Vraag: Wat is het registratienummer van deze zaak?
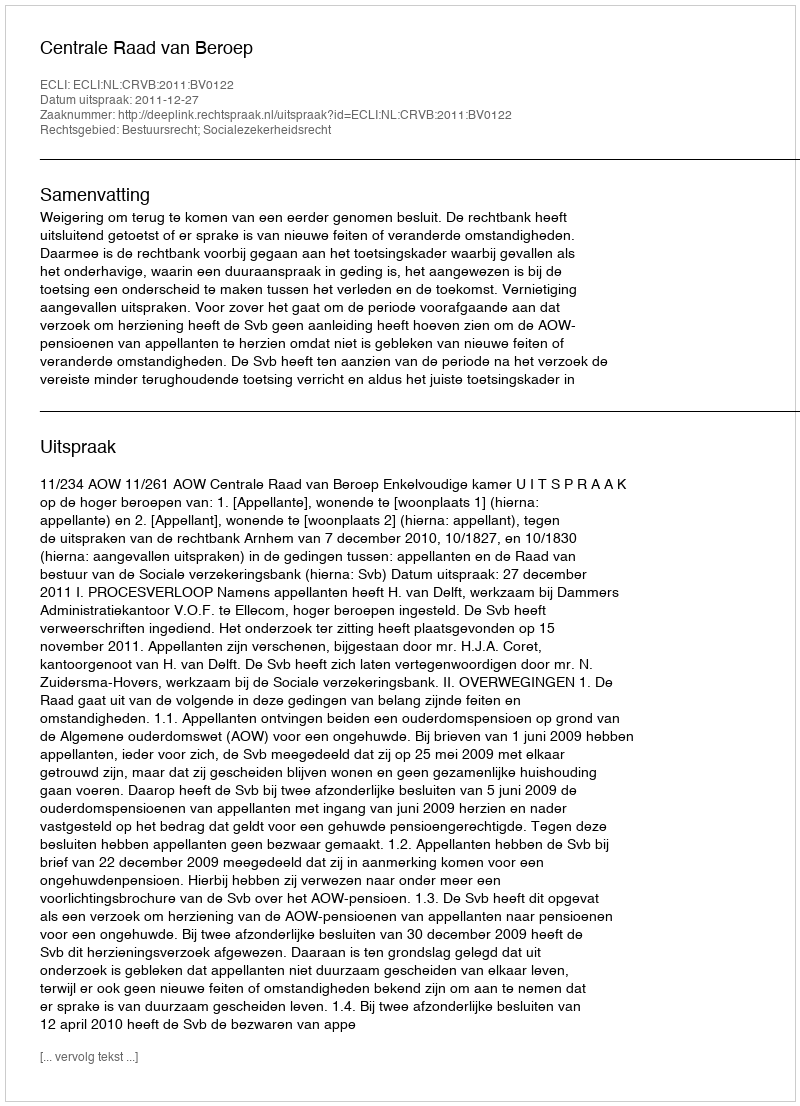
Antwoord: http://deeplink.rechtspraak.nl/uitspraak?id=ECLI:NL:CRVB:2011:BV0122